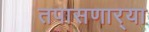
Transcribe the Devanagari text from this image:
तपासणार्‍या